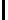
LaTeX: \mathsf{I}